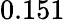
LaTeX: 0.151